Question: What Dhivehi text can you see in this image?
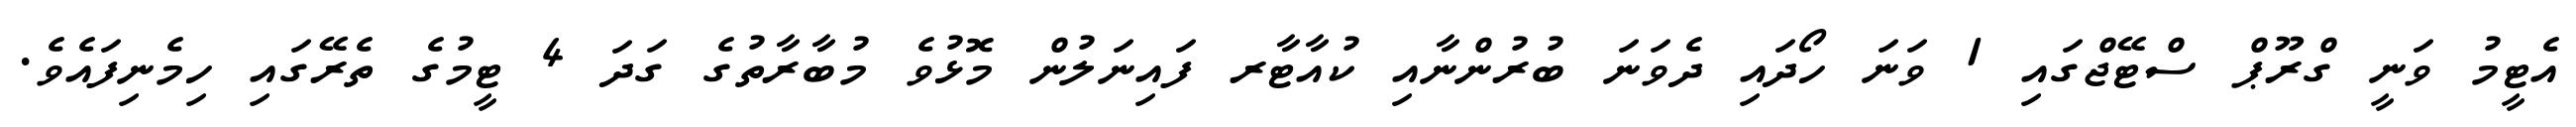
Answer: އެޓީމު ވަނީ ގްރޫޕް ސްޓޭޖްގައި 1 ވަނަ ހޯދައި ދެވަނަ ބުރުންނާއި ކުއާޓާރ ފައިނަލުން މޮޅުވެ މުބާރާތުގެ ގަދަ 4 ޓީމުގެ ތެރޭގައި ހިމެނިފައެވެ.